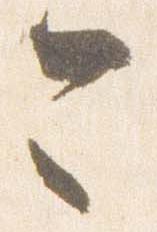
今